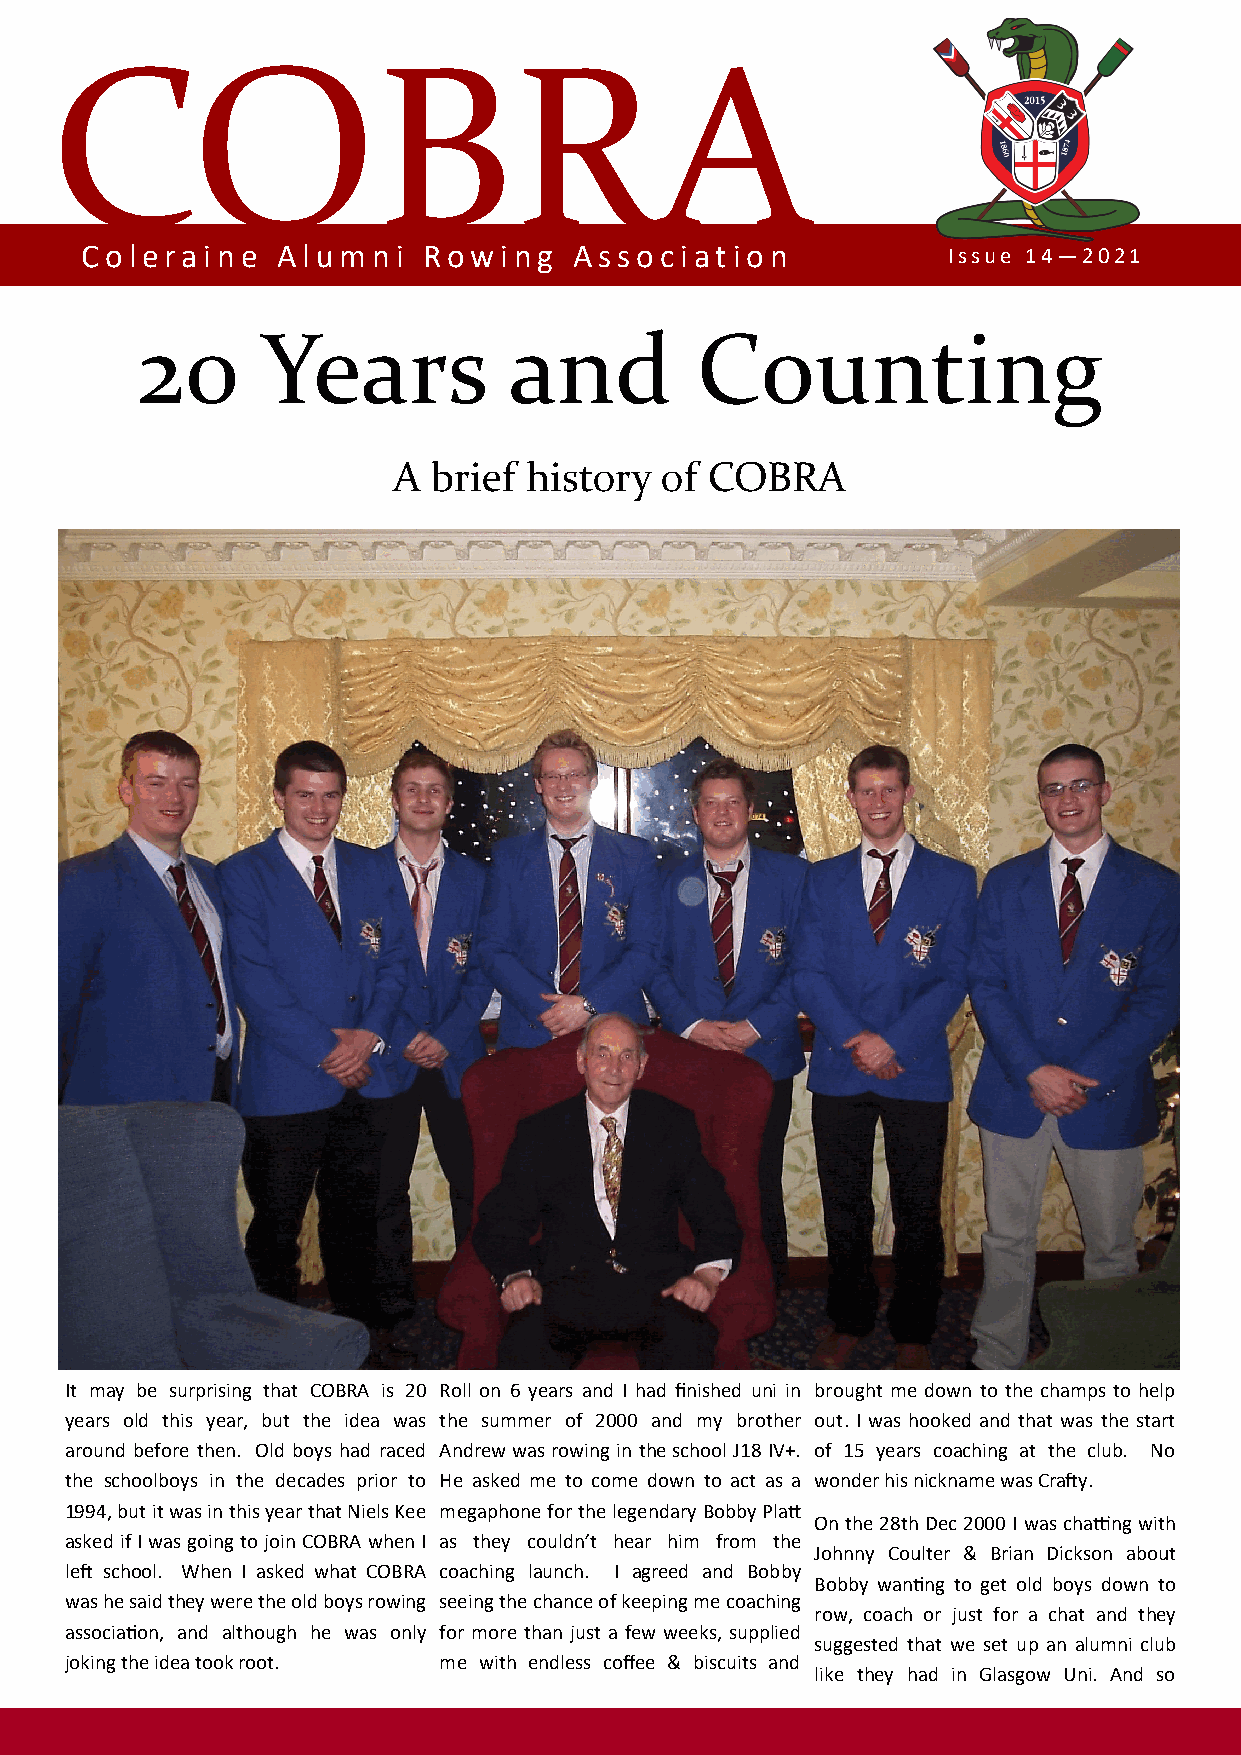
COBRA
 Coleraine    Alumni    Rowing    Association              Issue 14—2021
 20      Years            and         Counting
 A  brief history  of COBRA
 It may be surprising that COBRA is 20 Roll on 6 years and I had finished uni in brought me down to the champs to help
 years old this year, but the idea was the summer of 2000 and my brother out. I was hooked and that was the start
 around before then. Old boys had raced Andrew was rowing in the school J18 IV+. of 15 years coaching at the club. No
 the schoolboys in the decades prior to He asked me to come down to act as a wonder his nickname was Crafty.
 1994, but it was in this year that Niels Kee megaphone for the legendary Bobby Platt
 On the 28th Dec 2000 I was chatting with
 asked if I was going to join COBRA when I as they couldn’t hear him from the
 Johnny Coulter & Brian Dickson about
 left school. When I asked what COBRA coaching launch. I agreed and Bobby
 Bobby wanting to get old boys down to
 was he said they were the old boys rowing seeing the chance of keeping me coaching
 row, coach or just for a chat and they
 association, and although he was only for more than just a few weeks, supplied
 suggested that we set up an alumni club
 joking the idea took root. me with endless coffee & biscuits and
 like they had in Glasgow Uni. And so